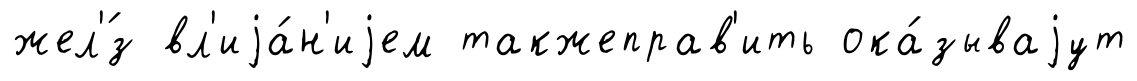
жел'́з вл'иjа́н'иjем такжеправ'ить ока́зываjут